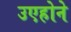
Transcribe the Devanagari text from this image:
उएहोने